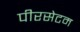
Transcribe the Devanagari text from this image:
पीरसेटम